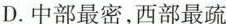
D.中部最密，西部最疏